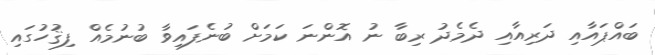
ބައްޕައާއި ދަރިއާއި ދެމެދު ރިބާ ނު އޮންނަ ކަމަށް ބުނެފައިވާ ބުނުމެއް ފިޤުހުގައި